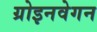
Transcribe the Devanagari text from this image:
ग्रोइनवेगन